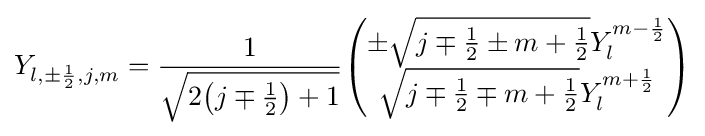
Y_{l,\pm {\frac {1}{2}},j,m}={\frac {1}{\sqrt {2{\bigl (}j\mp {\frac {1}{2}}{\bigr )}+1}}}{\begin{pmatrix}\pm {\sqrt {j\mp {\frac {1}{2}}\pm m+{\frac {1}{2}}}}Y_{l}^{m-{\frac {1}{2}}}\\{\sqrt {j\mp {\frac {1}{2}}\mp m+{\frac {1}{2}}}}Y_{l}^{m+{\frac {1}{2}}}\end{pmatrix}}